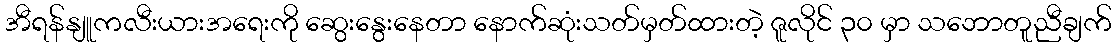
အီရန်နျူကလီးယားအရေးကို ဆွေးနွေးနေတာ နောက်ဆုံးသတ်မှတ်ထားတဲ့ ဇူလိုင် ၃၀ မှာ သဘောတူညီချက်